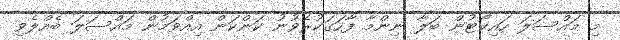
މި މައްސަލަ ހައިކޯޓުން ބަލާ ނިންމާ ފާހަގަކުރެވުނު ކަންކަން އިއްވަމުން މައްސަލަ ބެއްލެވި